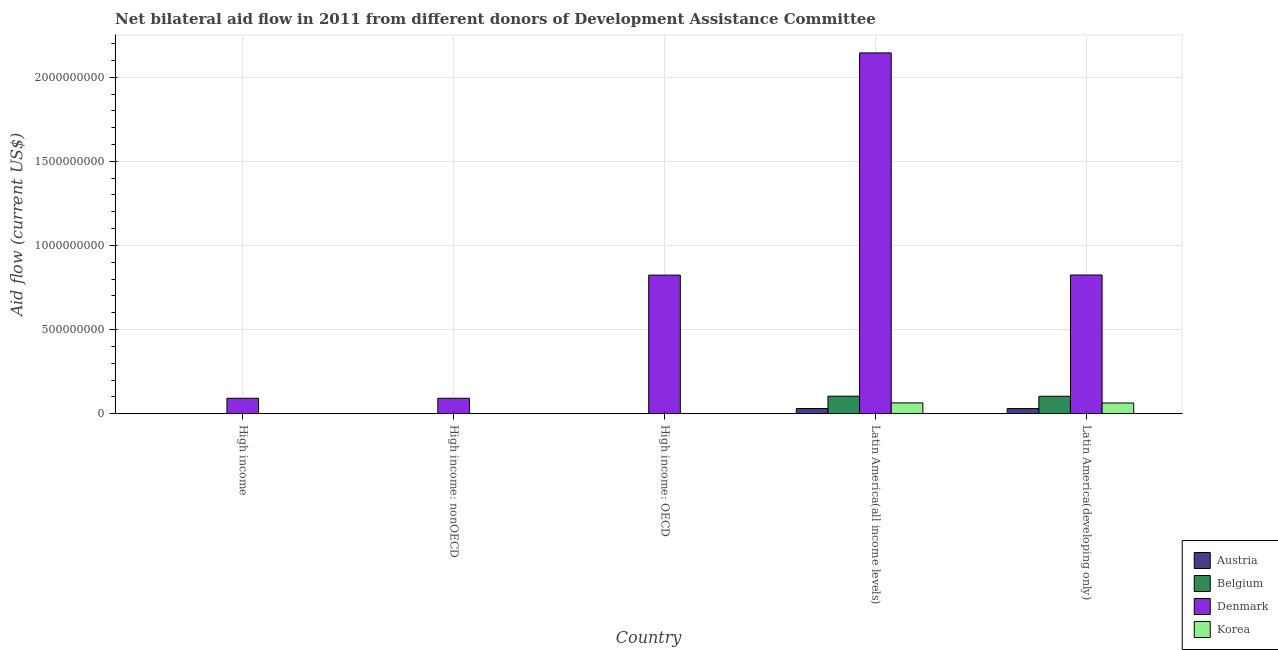
| Country | Austria | Belgium | Denmark | Korea |
 | --- | --- | --- | --- | --- |
 | High income | 2.4e+05 | 6.5e+05 | 9.2e+07 | 8.1e+05 |
 | High income: nonOECD | 1e+04 | 2.3e+05 | 9.2e+07 | 6e+05 |
 | High income: OECD | 2.3e+05 | 4.2e+05 | 8.24e+08 | 2.1e+05 |
 | Latin America(all income levels) | 3.1e+07 | 1.04e+08 | 2.14e+09 | 6.44e+07 |
 | Latin America(developing only) | 3.07e+07 | 1.04e+08 | 8.24e+08 | 6.39e+07 |